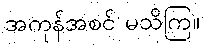
အကုန်အစင် မသိကြ။